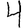
Digit: 4